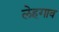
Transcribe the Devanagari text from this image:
लेहगाव